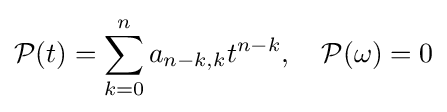
{\mathcal {P}}(t)=\sum _{k=0}^{n}a_{n-k,k}t^{n-k},\quad {\mathcal {P}}(\omega )=0